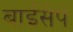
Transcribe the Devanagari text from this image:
बाईसेप